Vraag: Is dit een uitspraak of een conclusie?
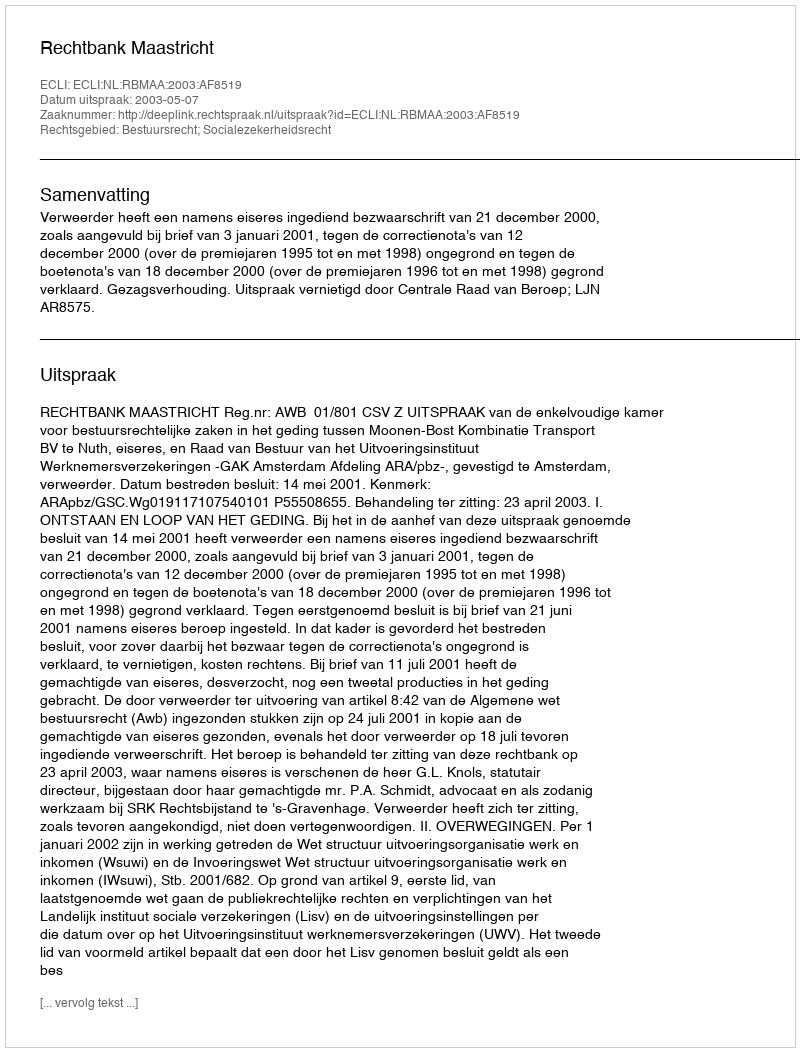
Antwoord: Uitspraak